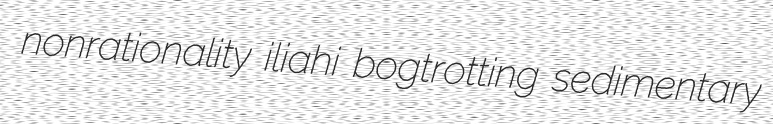
nonrationality iliahi bogtrotting sedimentary